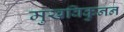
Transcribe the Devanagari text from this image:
मुखविकुनन